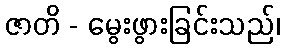
ဇာတိ - မွေးဖွားခြင်းသည်၊